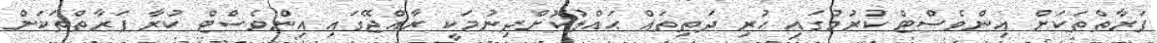
ފަރާތްތަކަށް އިންވެސްޓް ކުރުމުގައި ހުރި ދަތިތައް ޙައްލުކޮށްދިނުމަކީ ރާއްޖޭގައި އިންވެސްޓް ކުރާ ފަރާތްތަކަށް